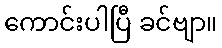
ကောင်းပါပြီ ခင်ဗျာ။